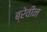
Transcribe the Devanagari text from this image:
ब्रेवीन